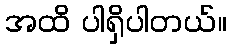
အထိ ပါရှိပါတယ်။